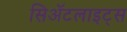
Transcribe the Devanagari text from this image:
सिॲटलाइट्स